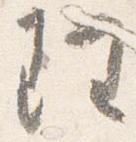
理